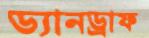
ড্যানড্রাফ